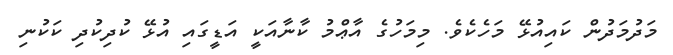
މަދުމަދުން ކައިއުޅޭ މަހެކެވެ. މިމަހުގެ އާޢްމު ކާނާއަކީ އަޑީގައި އުޅޭ ކުދިކުދި ކަކުނި